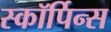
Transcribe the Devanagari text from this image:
स्कॉर्पिन्स